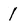
Character: 1